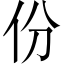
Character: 份